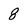
Character: 8